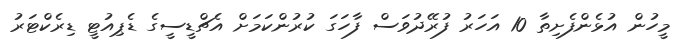
މީހުން އުޅެންފެށިތާ 10 އަހަރު ފުރޭދުވަސް ފާހަގަ ކުރުންކަމަށް އެޗްޑީސީގެ ޑެޕިއުޓީ ޑިރެކްޓަރު